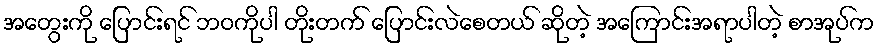
အတွေးကို ပြောင်းရင် ဘဝကိုပါ တိုးတက် ပြောင်းလဲစေတယ် ဆိုတဲ့ အကြောင်းအရာပါတဲ့ စာအုပ်က